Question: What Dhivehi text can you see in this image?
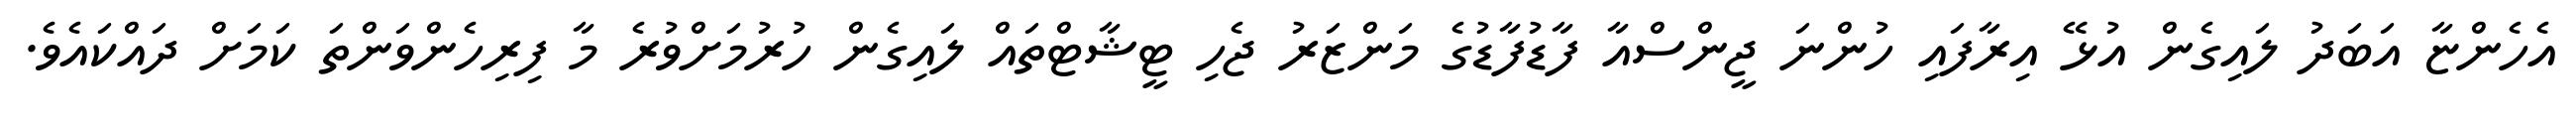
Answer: އެހެންޏާ އަބަދު ލައިގެން އުޅޭ އިރާފައި ހުންނަ ޖީންސްއާ ފާޑުފާޑުގެ މަންޒަރު ޖެހި ޓީޝާޓްތައް ލައިގެން ހުރުމަށްވުރެ މާ ފިރިހެންވަންތަ ކަމަށް ދައްކައެވެ.